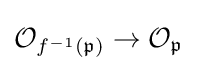
{\mathcal {O}}_{f^{-1}({\mathfrak {p}})}\to {\mathcal {O}}_{\mathfrak {p}}